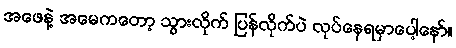
အဖေနဲ့ အမေကတော့ သွားလိုက် ပြန်လိုက်ပဲ လုပ်နေရမှာပေါ့နော်။